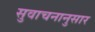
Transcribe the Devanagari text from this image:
सुवाचनानुसार